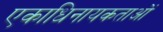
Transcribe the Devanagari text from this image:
एकाधिनायकताओं